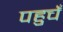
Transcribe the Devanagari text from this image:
पहुचँ